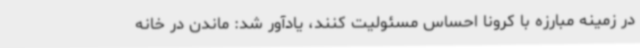
در زمینه مبارزه با کرونا احساس مسئولیت کنند، یادآور شد: ماندن در خانه